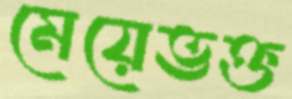
মেয়েভক্ত